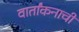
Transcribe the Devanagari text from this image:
वार्तांकनाची